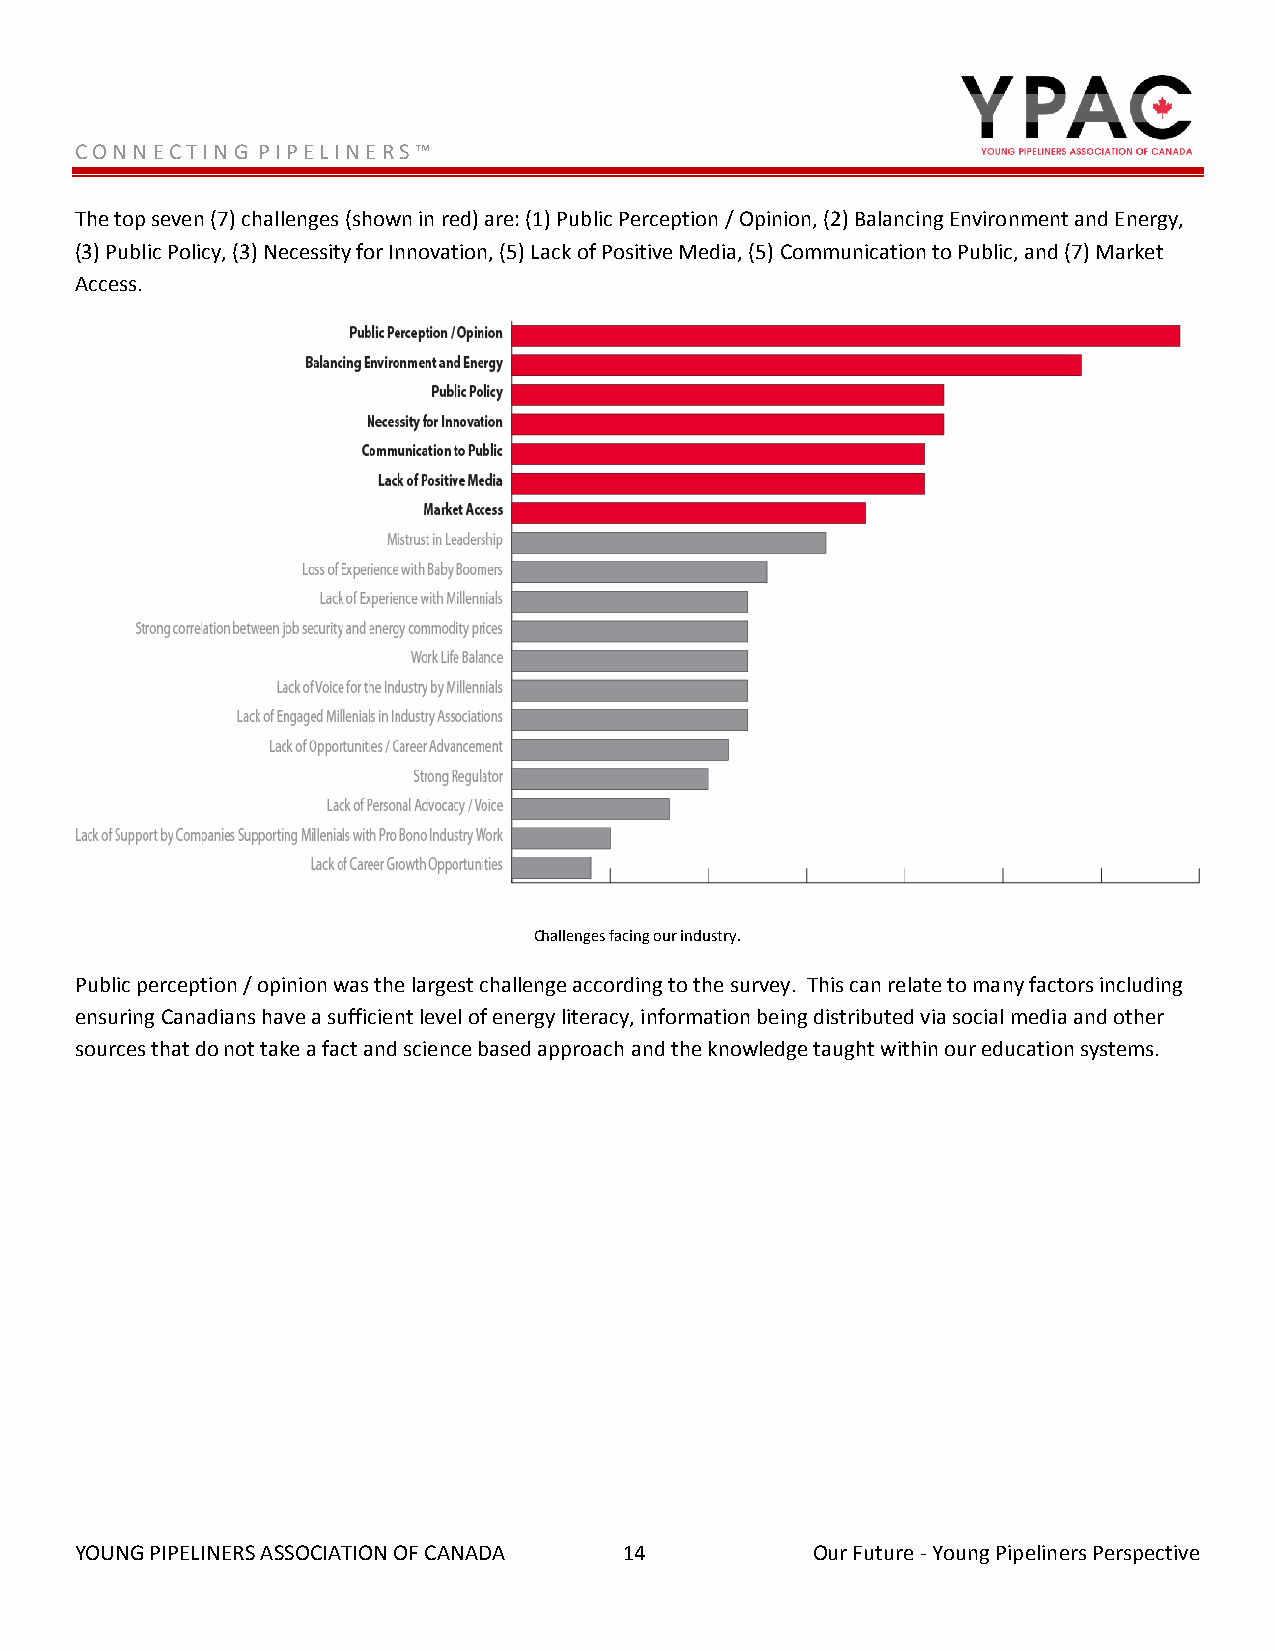
C O N N E C T I N G P I P E L I N E R S ™
 The top seven (7) challenges (shown in red) are: (1) Public Perception / Opinion, (2) Balancing Environment and Energy,
 (3) Public Policy, (3) Necessity for Innovation, (5) Lack of Positive Media, (5) Communication to Public, and (7) Market
 Access.
 Challenges facing our industry.
 Public perception / opinion was the largest challenge according to the survey. This can relate to many factors including
 ensuring Canadians have a sufficient level of energy literacy, information being distributed via social media and other
 sources that do not take a fact and science based approach and the knowledge taught within our education systems.
 YOUNG PIPELINERS ASSOCIATION OF CANADA 14        Our Future - Young Pipeliners Perspective